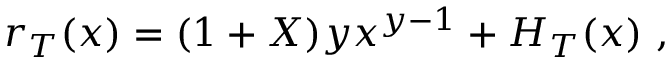
r _ { T } ( x ) = ( 1 + X ) y x ^ { y - 1 } + H _ { T } ( x ) \ ,